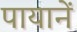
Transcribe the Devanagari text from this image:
पायानें